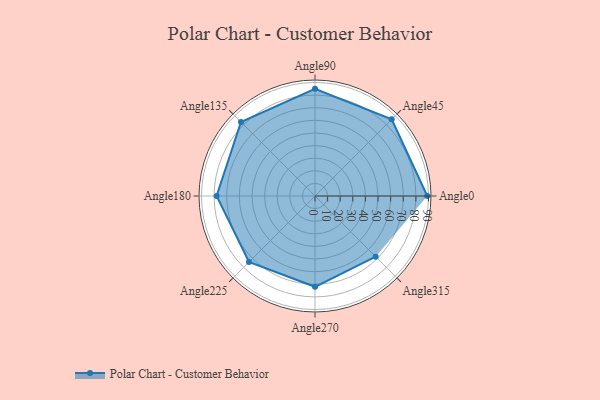
{"axis": {"x": "Angle", "y": "Radius"}, "legend": [""], "data": [{"x": "Angle0", "y": 89.0, "type": ""}, {"x": "Angle45", "y": 86.0, "type": ""}, {"x": "Angle90", "y": 85.0, "type": ""}, {"x": "Angle135", "y": 83.0, "type": ""}, {"x": "Angle180", "y": 78.0, "type": ""}, {"x": "Angle225", "y": 74.0, "type": ""}, {"x": "Angle270", "y": 72.0, "type": ""}, {"x": "Angle315", "y": 68.0, "type": ""}]}